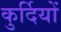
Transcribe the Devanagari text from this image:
कुर्दियों